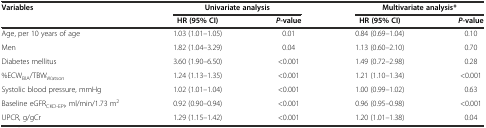
<table><thead><tr><td><b>Variables</b></td><td colspan="2"><b>Univariate analysis</b></td><td colspan="2"><b>Multivariate analysis*</b></td></tr><tr><td></td><td><b>HR (95% CI)</b></td><td><b><i>P</i>-value</b></td><td><b>HR (95% CI)</b></td><td><b><i>P</i>-value</b></td></tr></thead><tbody><tr><td>Age, per 10 years of age</td><td>1.03 (1.01–1.05)</td><td>0.01</td><td>0.84 (0.69–1.04)</td><td>0.10</td></tr><tr><td>Men</td><td>1.82 (1.04–3.29)</td><td>0.04</td><td>1.13 (0.60–2.10)</td><td>0.70</td></tr><tr><td>Diabetes mellitus</td><td>3.60 (1.90–6.50)</td><td>&lt;0.001</td><td>1.49 (0.72–2.98)</td><td>0.28</td></tr><tr><td>%ECW<sub>BIA</sub>/TBW<sub>Watson</sub></td><td>1.24 (1.13–1.35)</td><td>&lt;0.001</td><td>1.21 (1.10–1.34)</td><td>&lt;0.001</td></tr><tr><td>Systolic blood pressure, mmHg</td><td>1.02 (1.01–1.04)</td><td>&lt;0.001</td><td>1.00 (0.99–1.02)</td><td>0.63</td></tr><tr><td>Baseline eGFR<sub>CKD-EPI</sub>, ml/min/1.73 m<sup>2</sup></td><td>0.92 (0.90–0.94)</td><td>&lt;0.001</td><td>0.96 (0.95–0.98)</td><td>&lt;0.001</td></tr><tr><td>UPCR, g/gCr</td><td>1.29 (1.15–1.42)</td><td>&lt;0.001</td><td>1.20 (1.01–1.38)</td><td>0.04</td></tr></tbody></table>